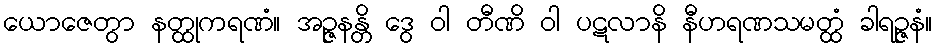
ယောဇေတွာ နတ္ထုကရဏံ။ အဉ္ဇနန္တိ ဒွေ ဝါ တီဏိ ဝါ ပဋလာနိ နီဟရဏသမတ္ထံ ခါရဉ္ဇနံ။